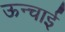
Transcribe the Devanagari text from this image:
ऊन्चाई